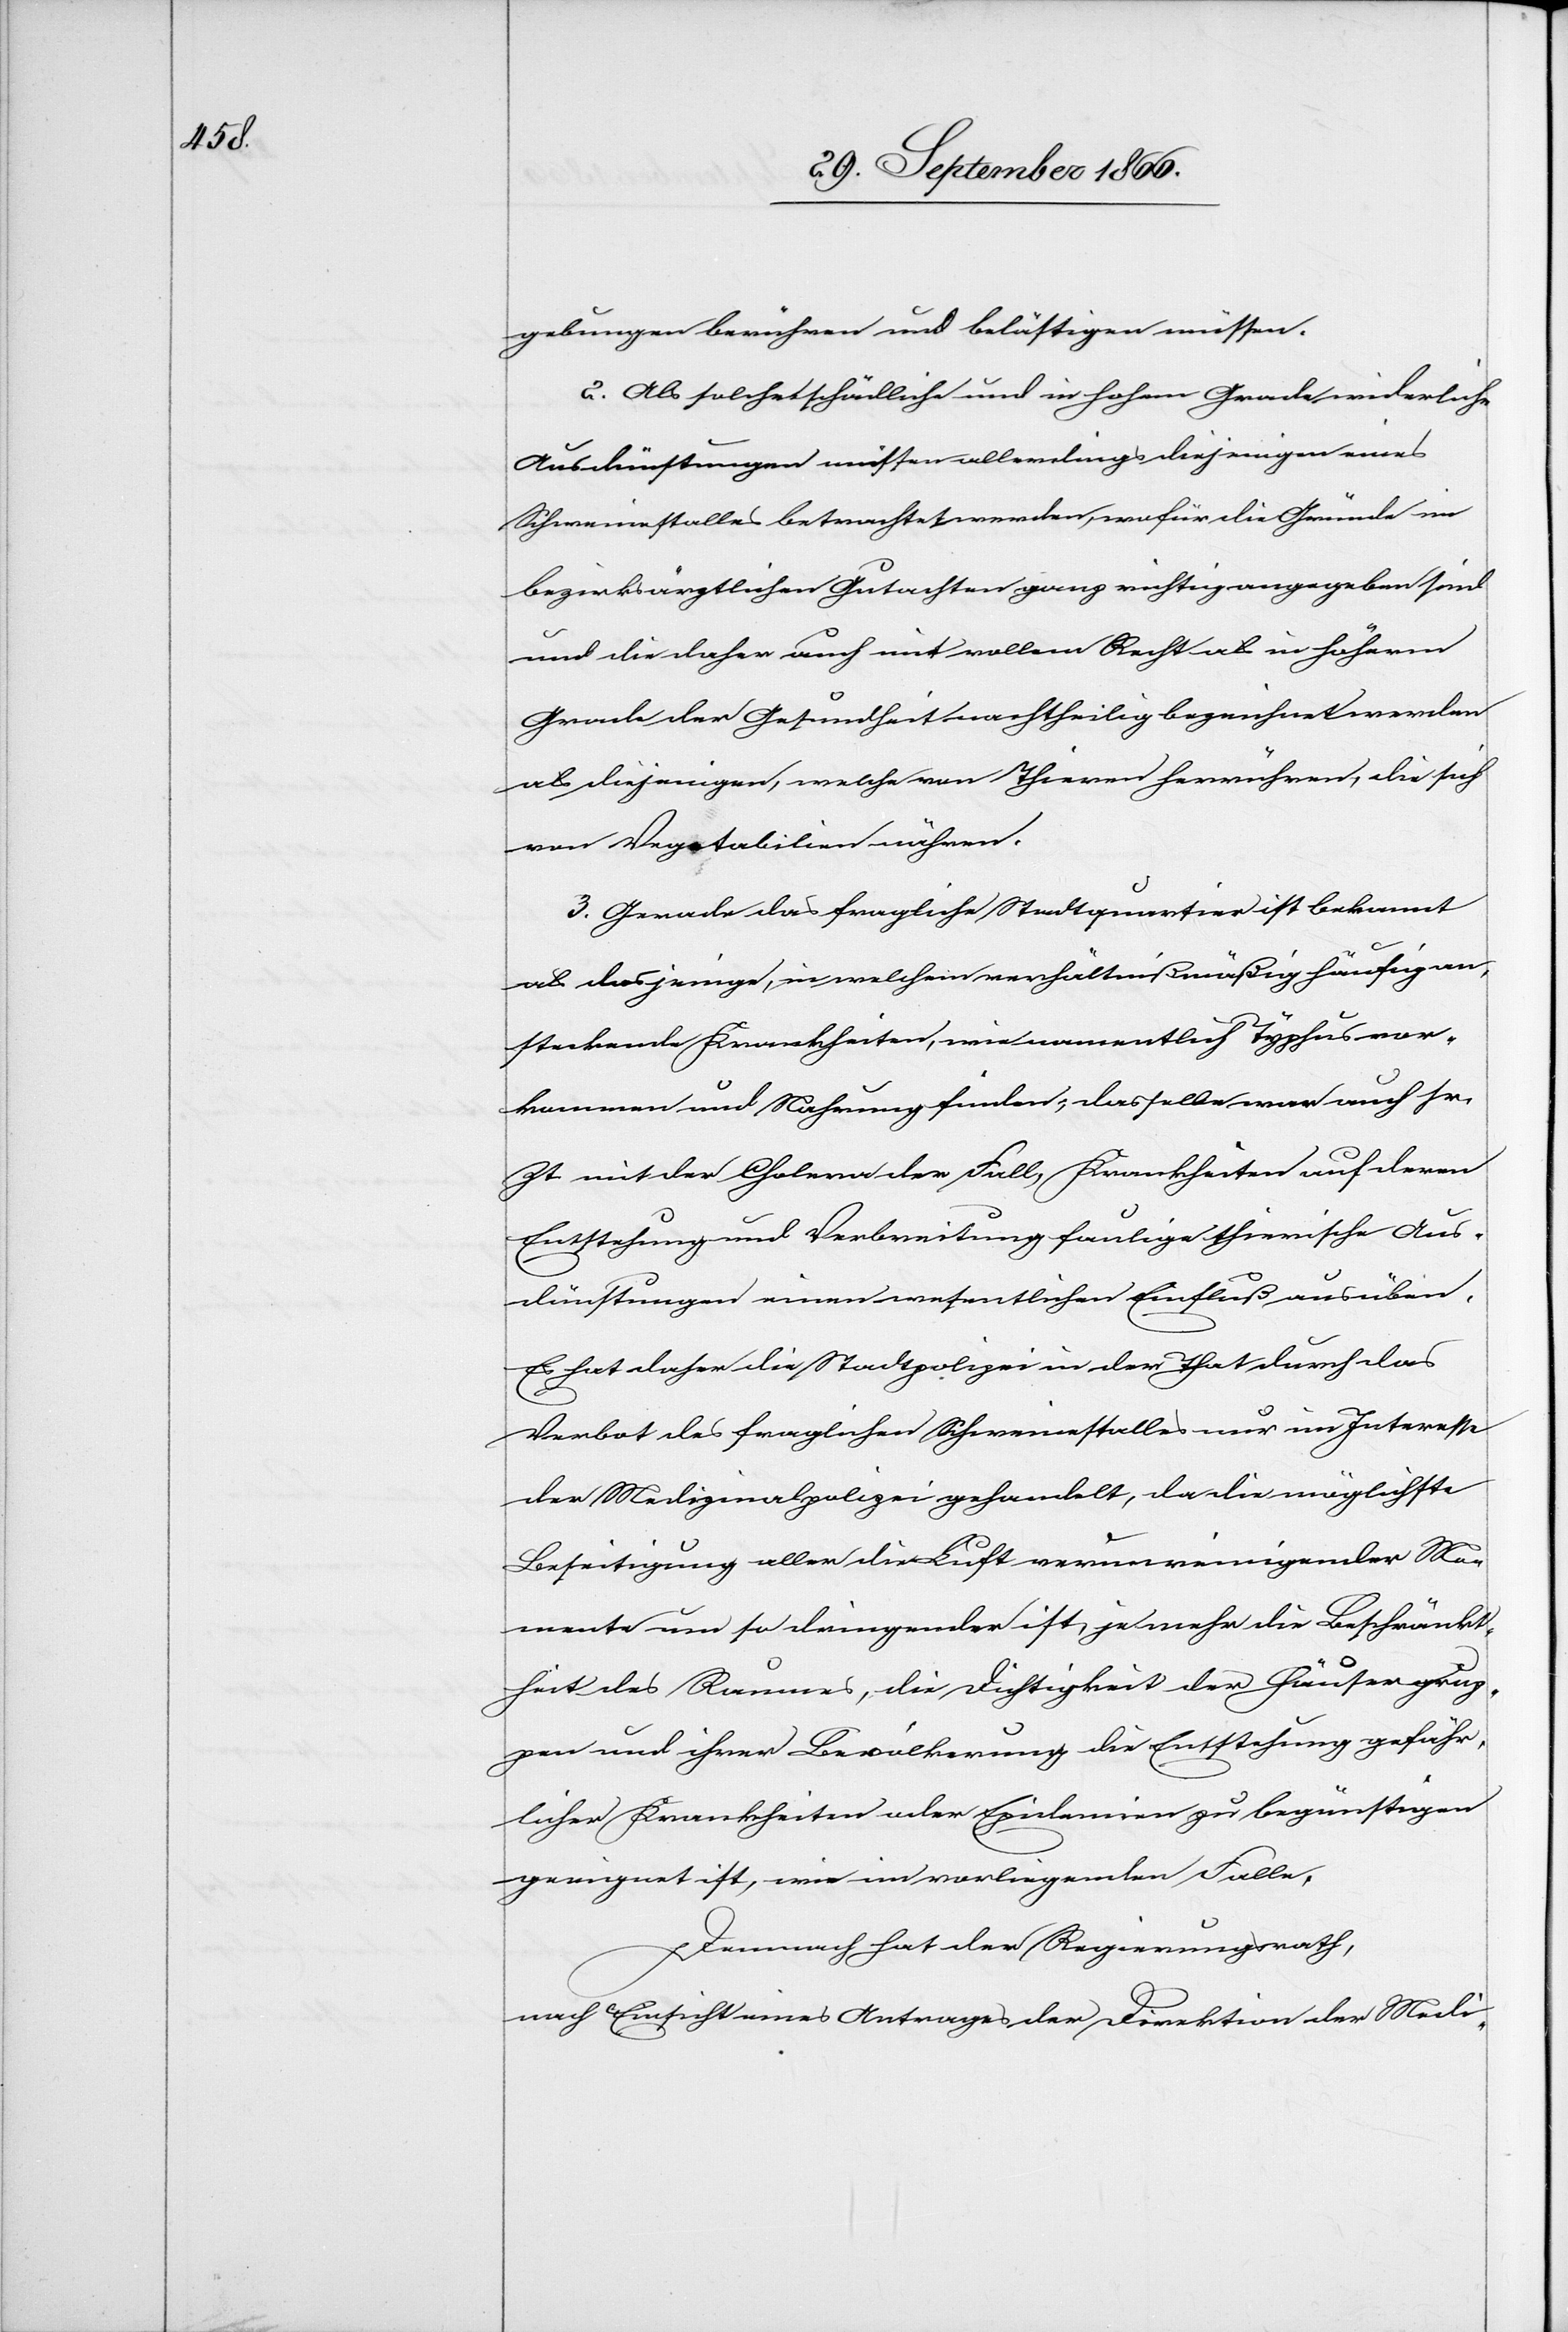
gebungen berühren und belästigen müssen.
2. Als solche schädliche und in hohem Grade widerliche
Ausdünstungen müsse allerdings diejenigen eines
Schweinestalles betrachtet werden, wofür die Gründe im
bezirksräthlichen Gutachten ganz richtig angegeben sind
und die daher auch mit vollem Recht als in höherm
Grade der Gesundheit nachtheilig bezeichnet werden
als diejenigen, welche von Thieren herrühren, die sich
von Vegetabilien nähren.
3. Gerade das fragliche Stadtquartier ist bekannt
als dasjenige, in welchem verhältnißmäßig häufig an¬
steckende Krankheiten, wie namentlich Typhus vor¬
kommen und Nahrung finden, dasselbe war auch sr.
Zt. mit der Cholera der Fall, Krankheiten auf deren
Entstehung und Verbreitung faulige thierische Aus¬
dünstungen einen wesentlichen Einfluß ausüben.
Es hat daher die Stadtpolizei in der That durch das
Verbot des fraglichen Schweinstalles nur im Interesse
der Medizinalpolizei gehandelt, da die möglichste
Beseitigung aller die Luft verunreinigender Mo¬
mente um so dringender ist, je mehr die Beschränkt¬
heit des Raumes, die Dichtigkeit der Häusergrup¬
pen und ihrer Bevölkerung die Entstehung gefähr¬
licher Krankheiten oder Epidemien zu begünstigen
geeignet ist, wie im vorliegenden Falle.
Demnach hat der Regierungsrath,
nach Einsicht eines Antrages der Direktion der Medi-